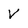
Character: V